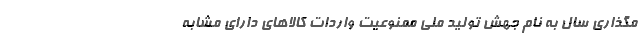
مگذاری سال به نام جهش تولید ملی ممنوعیت واردات کالاهای دارای مشابه